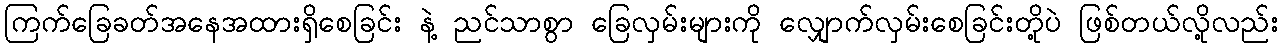
ကြက်ခြေခတ်အနေအထားရှိစေခြင်း နဲ့ ညင်သာစွာ ခြေလှမ်းများကို လျှောက်လှမ်းစေခြင်းတို့ပဲ ဖြစ်တယ်လို့လည်း